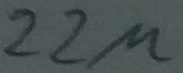
Text: 22µ